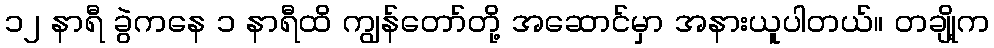
၁၂ နာရီ ခွဲကနေ ၁ နာရီထိ ကျွန်တော်တို့ အဆောင်မှာ အနားယူပါတယ်။ တချို့က